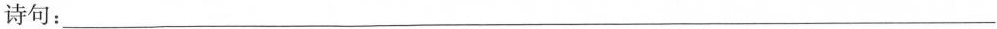
诗句：___